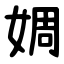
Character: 婤